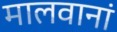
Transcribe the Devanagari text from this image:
मालवानां